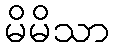
မိမိသာ